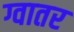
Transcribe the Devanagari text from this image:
ग्वातर